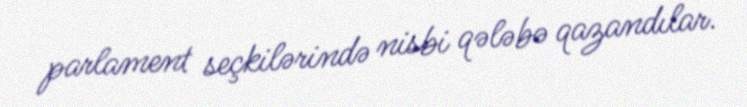
parlament seçkilərində nisbi qələbə qazandılar.